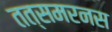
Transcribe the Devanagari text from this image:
तत्समरनस